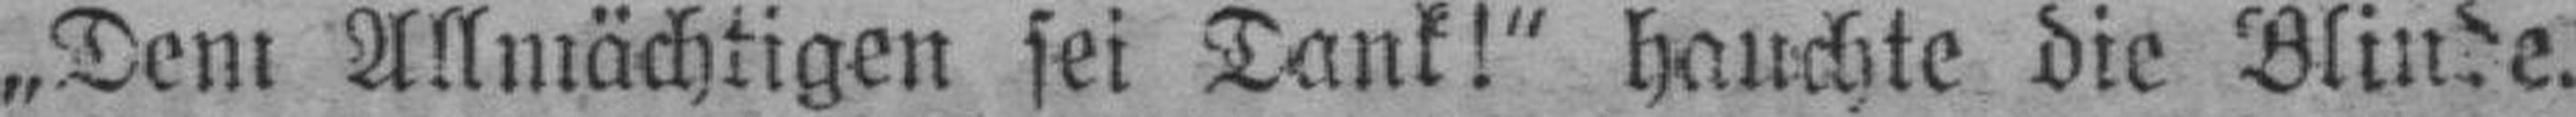
„Dem Allmächtigen sei Dank!“ hauchte die Blinde.